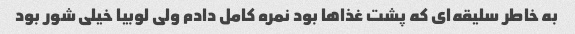
به خاطر سلیقه‌ای که پشت غذا‌ها بود نمره کامل دادم ولی لوبیا خیلی شور بود